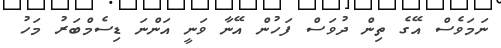
ނަމަވެސް އޭގެ ތިން ދުވަސް ފަހުން އޭނާ ވަނީ އަންނަ ޑިސެމްބަރު މަހު